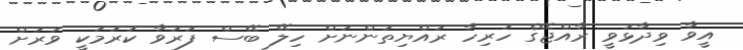
އީވާ ވިދާޅުވީ ރާއްޖޭގެ ހުރިހާ ރައްޔިތުންނަށް ހިލޭ ބޭސް ފަރުވާ ކުރުމަކީ ވަރަށް